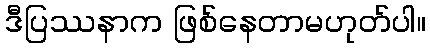
ဒီပြဿနာက ဖြစ်နေတာမဟုတ်ပါ။